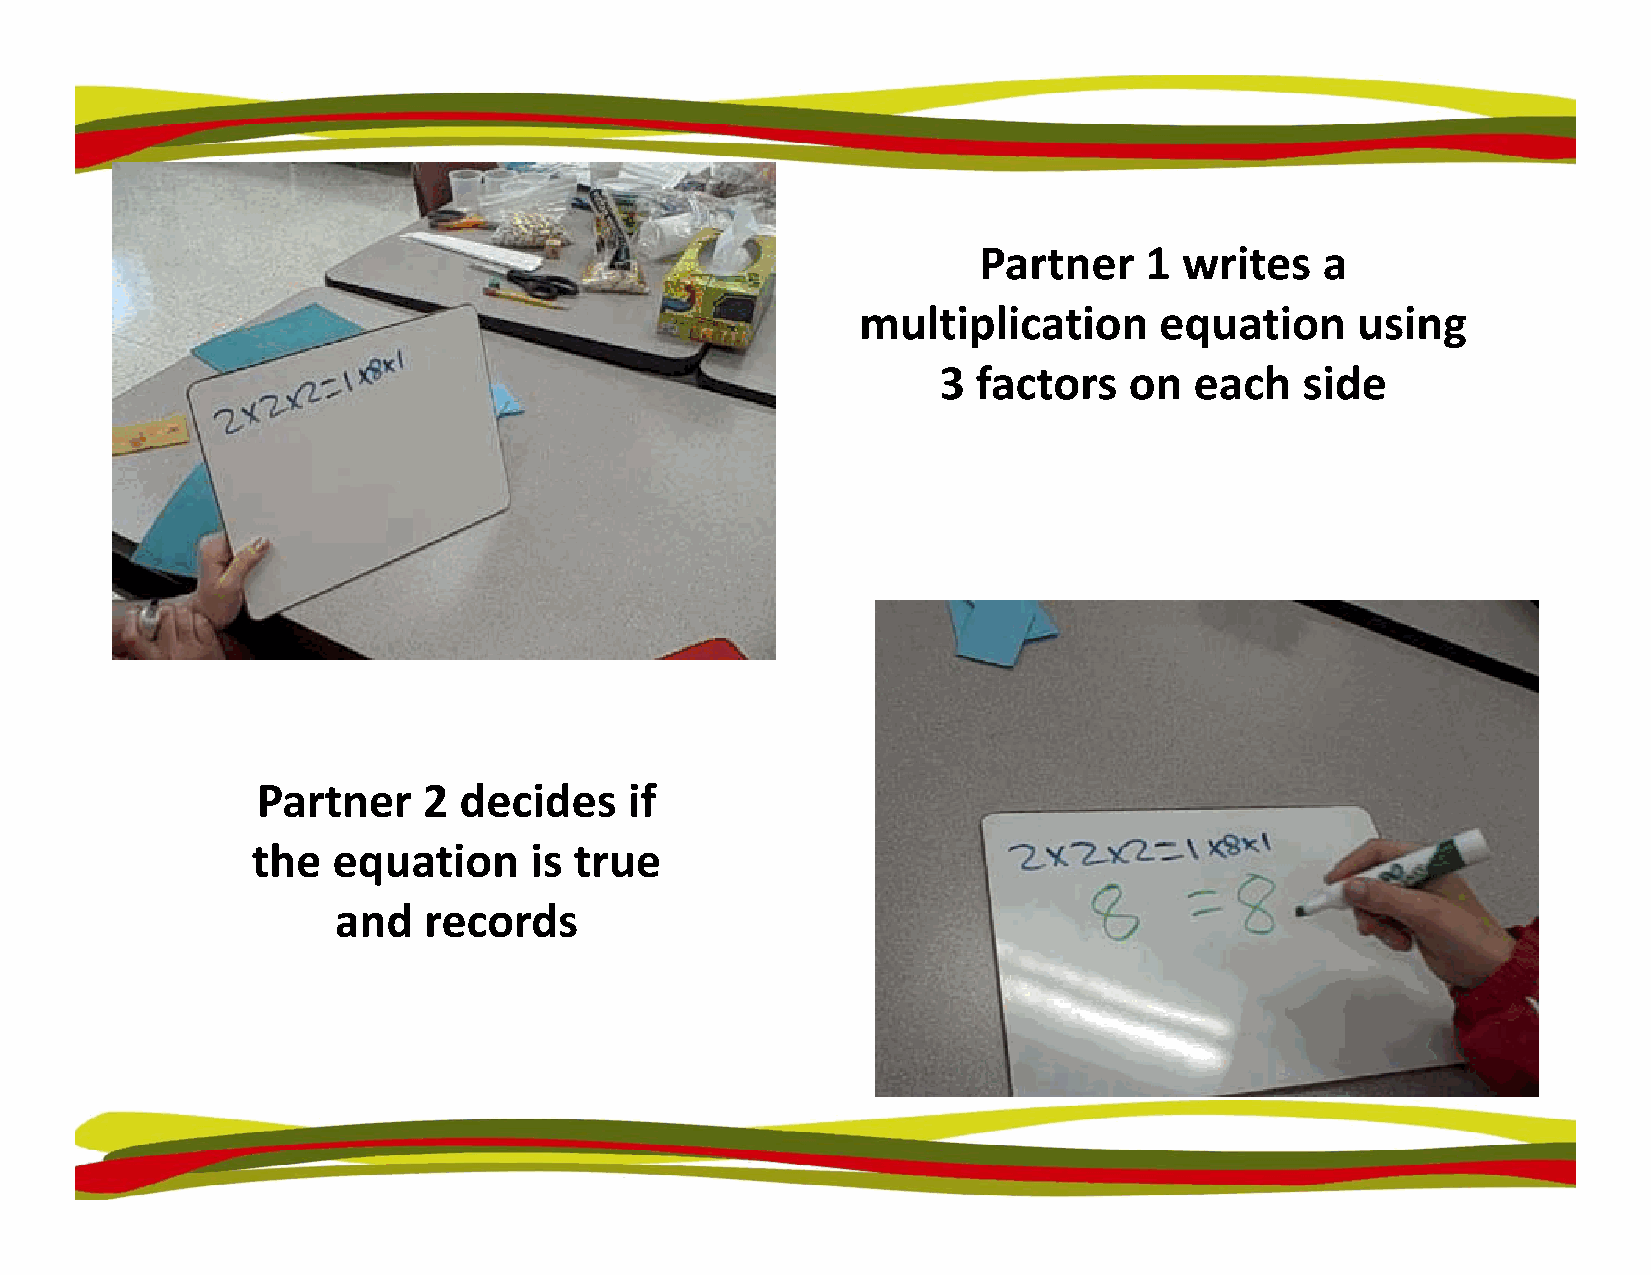
Partner    1 writes    a
 multiplication      equation     using
 33 ffaaccttoorrss oonn eeaacchh ssiiddee
 Partner    2 decides     if
 the  eqquation    is true
 and   records